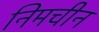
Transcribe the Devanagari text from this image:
निमचीन